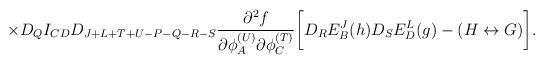
LaTeX: \begin{align*}\times D_QI_{CD}D_{J+L+T+U-P-Q-R-S}{{\partial^2 f} \over {\partial \phi_A^{(U)}\partial \phi_C^{(T)}}}\biggl[ D_RE^J_B(h)D_SE^L_D(g)-(H \leftrightarrow G)\biggr] .\end{align*}